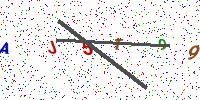
Text: AJ5T99